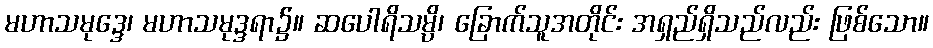
မဟာသမုဒ္ဒေ၊ မဟာသမုဒ္ဒရာ၌။ ဆပေါရိသမ္ပိ၊ ခြောက်သူအတိုင်း အရှည်ရှိသည်လည်း ဖြစ်သော။